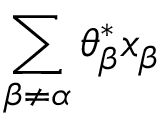
\sum _ { \beta \ne \alpha } \theta _ { \beta } ^ { * } x _ { \beta }